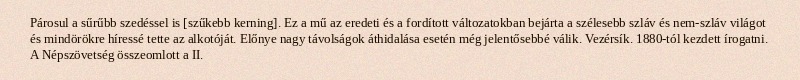
Párosul a sűrűbb szedéssel is [szűkebb kerning]. Ez a mű az eredeti és a fordított változatokban bejárta a szélesebb szláv és nem-szláv világot és mindörökre híressé tette az alkotóját. Előnye nagy távolságok áthidalása esetén még jelentősebbé válik. Vezérsík. 1880-tól kezdett írogatni. A Népszövetség összeomlott a II.